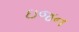
ઇજન